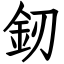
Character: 釰